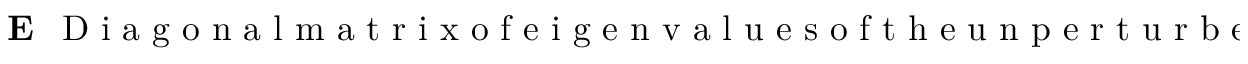
{ \bf E } ~ ~ \mathrm { ~ D ~ i ~ a ~ g ~ o ~ n ~ a ~ l ~ m ~ a ~ t ~ r ~ i ~ x ~ o ~ f ~ e ~ i ~ g ~ e ~ n ~ v ~ a ~ l ~ u ~ e ~ s ~ o ~ f ~ t ~ h ~ e ~ u ~ n ~ p ~ e ~ r ~ t ~ u ~ r ~ b ~ e ~ d ~ s ~ y ~ s ~ t ~ e ~ m ~ }